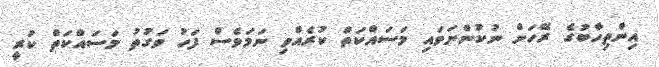
އިންތިހާބުގެ ރޭހަށް ނުކުންނަވައި މަސައްކަތް ކުރެއްވި ނަމަވެސް ފަހު ވަގުތު މަސައްކަތް ކުރީ